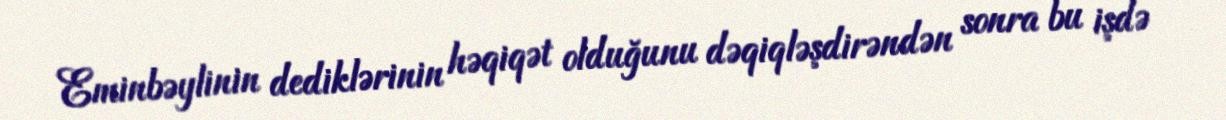
Eminbəylinin dediklərinin həqiqət olduğunu dəqiqləşdirəndən sonra bu işdə